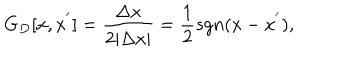
LaTeX: G _ { D } [ x , x ^ { ' } ] = \frac { \Delta x } { 2 \vert \Delta x \vert } = \frac { 1 } { 2 } s g n ( x - x ^ { ' } ) ,